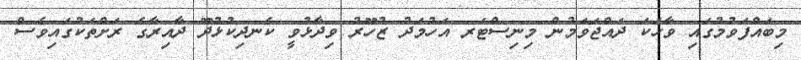
މިބައްފަވުމުގައި ވާހަކަ ދައްޖަވަމުން މިނިސްޓަރ އަހުމަދު ޒުހޫރު ވިދާޅުވީ ކެނދިކުޅުދޫ ދާއިރާގެ ރަށްތަކުގައިވެސް